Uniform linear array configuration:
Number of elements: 48
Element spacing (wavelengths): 0.75
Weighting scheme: exponential
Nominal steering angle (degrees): -15
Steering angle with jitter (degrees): -15.765
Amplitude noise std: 0.05
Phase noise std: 0.05

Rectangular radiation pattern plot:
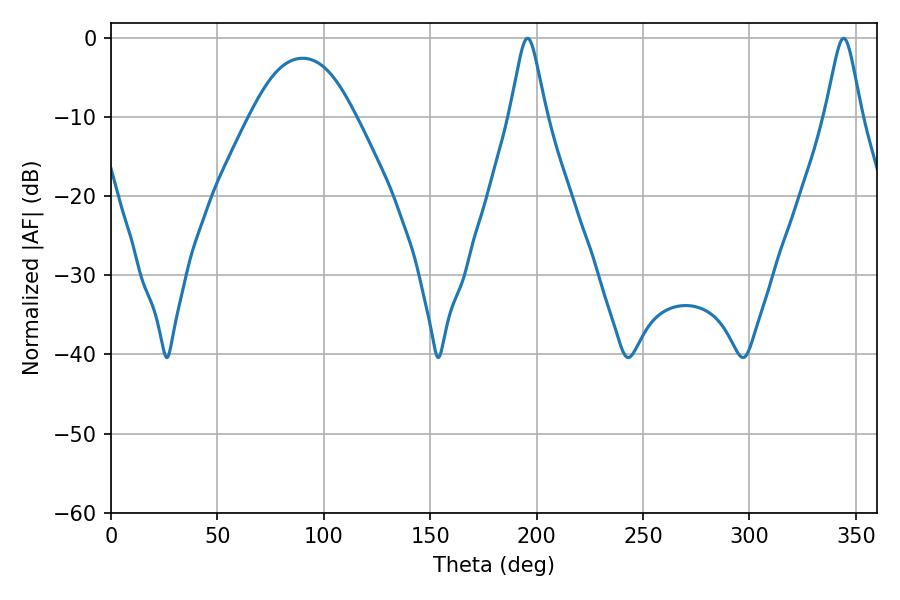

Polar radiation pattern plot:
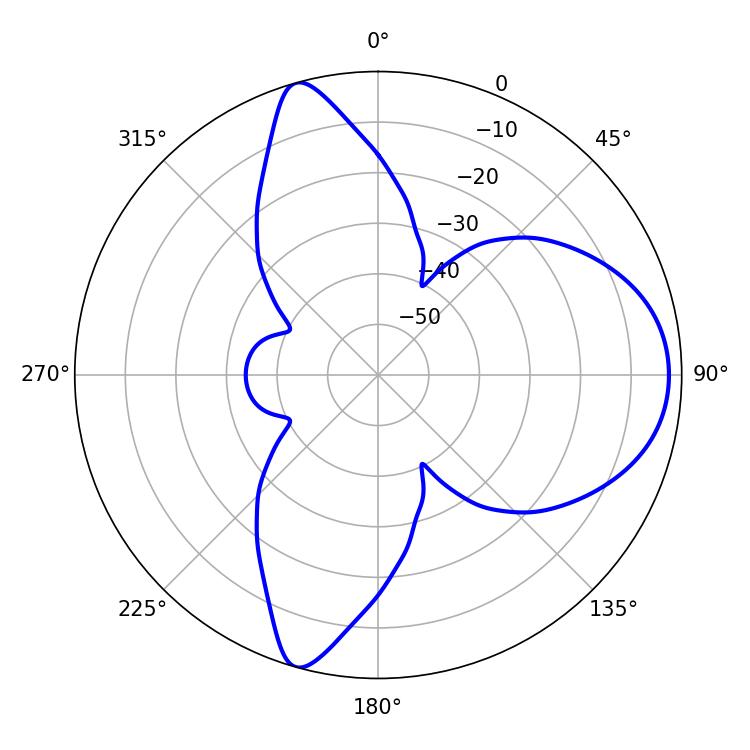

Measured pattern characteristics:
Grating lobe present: TRUE
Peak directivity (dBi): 9.304
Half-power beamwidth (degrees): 8.1
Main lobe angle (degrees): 195.66